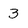
Character: 3